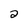
Character: 2